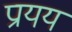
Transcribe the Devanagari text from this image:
प्रायय